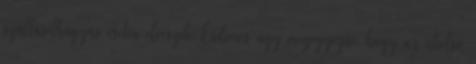
szálláselhagyás esetén elveszik. Érdemes úgy megegyezni, hogy az utolsó